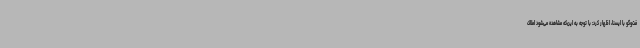
فت‌وگو با ایسنا، اظهار کرد: با توجه به این‌که مشاهده می‌شود املاک